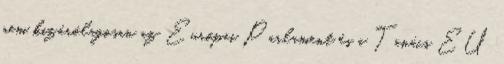
nem kizárólagosan az Európai Parlament és a Tanács EU